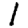
Digit: 1